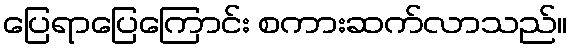
ပြေရာပြေကြောင်း စကားဆက်လာသည်။